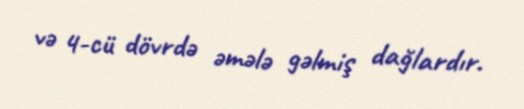
və 4-cü dövrdə əmələ gəlmiş dağlardır.